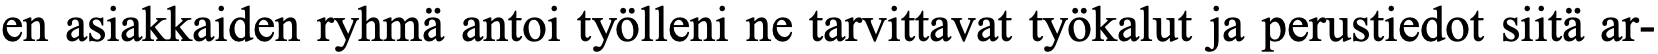
en asiakkaiden ryhmä antoi työlleni ne tarvittavat työkalut ja perustiedot siitä ar-